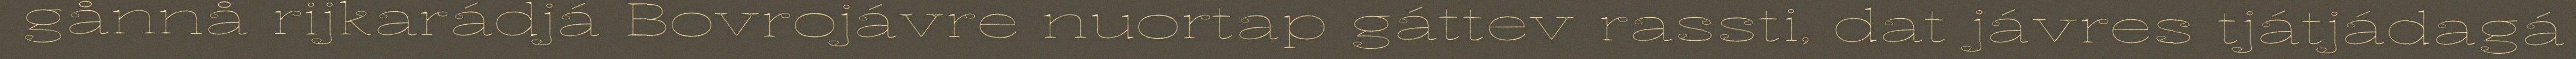
gånnå rijkarádjá Bovrojávre nuortap gáttev rassti, dat jávres tjátjádagá